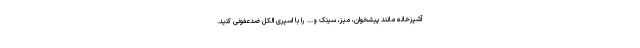
آشپزخانه مانند پیشخوان، میز، سینک و... را با اسپری الکل ضدعفونی کنید.